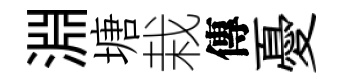
淵塘栽傳憂